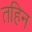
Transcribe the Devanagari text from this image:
तहिन